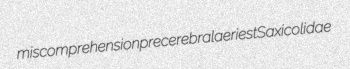
miscomprehension precerebral aeriest Saxicolidae